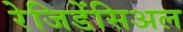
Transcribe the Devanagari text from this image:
रेजिडेंसिअल